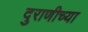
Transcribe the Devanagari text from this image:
दुराणीच्या